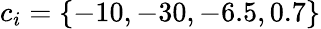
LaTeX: c_{i}=\{ -10,-30,-6.5,0.7\}